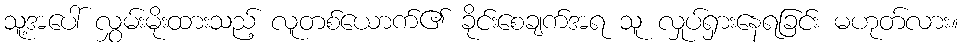
သူ့အပေါ် လွှမ်းမိုးထားသည့် လူတစ်ယောက်၏ ခိုင်းစေချက်အရ သူ လှုပ်ရှားနေရခြင်း မဟုတ်လား။